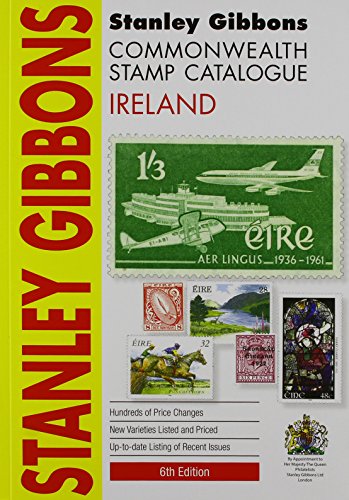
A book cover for Stanley Gibbons Catalogue: Ireland (Commonwealth Comprehensive); Stanley Gibbons; Crafts, Hobbies & Home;